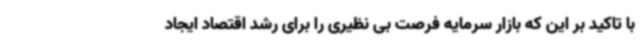
با تاکید بر این که بازار سرمایه فرصت بی نظیری را برای رشد اقتصاد ایجاد